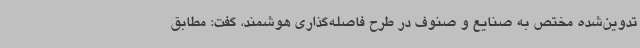
تدوین‌شده مختص به صنایع و صنوف در طرح فاصله‌گذاری هوشمند، گفت: مطابق